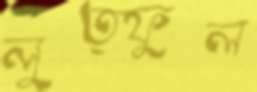
লুত্ফুল